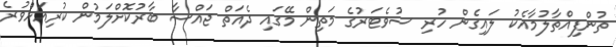
ތުންފިއްތާލުމާއެކު ލައިގެން ހުރި ސުވެޓަރުގެ މަތިން މޭގައި ދެއަތް ޖައްސާ ބާރުކޮށްލަމުން ކުރިއަށްވުރެ